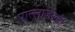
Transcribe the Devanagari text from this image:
पाल्लाजेस्की